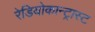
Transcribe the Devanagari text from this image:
रेडियोकान्ट्रास्ट